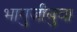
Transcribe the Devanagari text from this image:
भागुजीबुवा